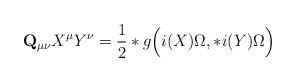
\begin{align*}{\bf Q}_{\mu\nu}X^\mu Y^\nu=\frac12 *g\Bigl(i(X)\Omega,*i(Y)\Omega\Bigr)\end{align*}